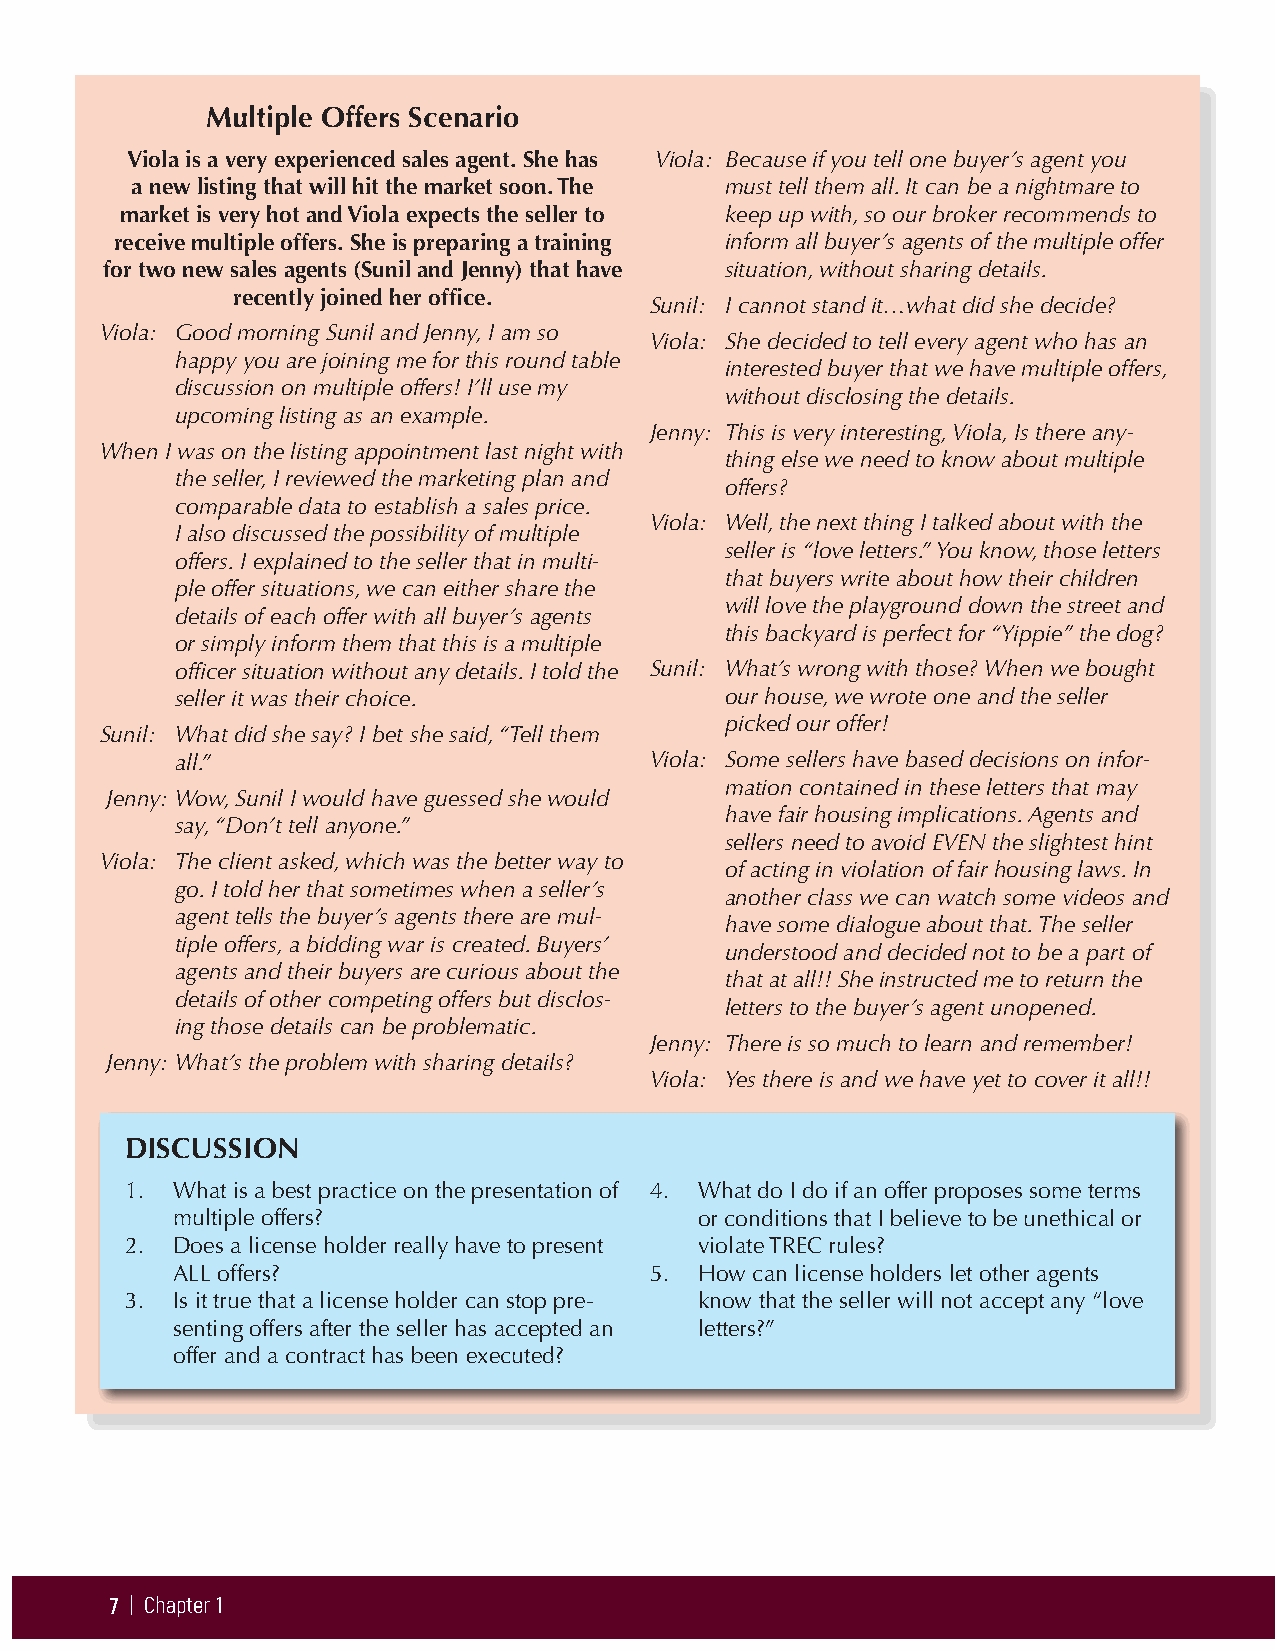
Multiple Offers Scenario
 Viola is a very experienced sales agent. She has Viola: Because if you tell one buyer’s agent you
 a new listing that will hit the market soon. The must tell them all. It can be a nightmare to
 market is very hot and Viola expects the seller to keep up with, so our broker recommends to
 receive multiple offers. She is preparing a training inform all buyer’s agents of the multiple offer
 for two new sales agents (Sunil and Jenny) that have situation, without sharing details.
 recently joined her office.
 Sunil: I cannot stand it…what did she decide?
 Viola: Good morning Sunil and Jenny, I am so
 Viola: She decided to tell every agent who has an
 happy you are joining me for this round table
 interested buyer that we have multiple offers,
 discussion on multiple offers! I’ll use my
 without disclosing the details.
 upcoming listing as an example.
 Jenny: This is very interesting, Viola, Is there any-
 When I was on the listing appointment last night with
 thing else we need to know about multiple
 the seller, I reviewed the marketing plan and
 offers?
 comparable data to establish a sales price.
 Viola: Well, the next thing I talked about with the
 I also discussed the possibility of multiple
 seller is “love letters.” You know, those letters
 offers. I explained to the seller that in multi-
 that buyers write about how their children
 ple offer situations, we can either share the
 will love the playground down the street and
 details of each offer with all buyer’s agents
 this backyard is perfect for “Yippie” the dog?
 or simply inform them that this is a multiple
 officer situation without any details. I told the Sunil: What’s wrong with those? When we bought
 seller it was their choice.         our house, we wrote one and the seller
 picked our offer!
 Sunil: What did she say? I bet she said, “Tell them
 all.”                          Viola: Some sellers have based decisions on infor-
 mation contained in these letters that may
 Jenny: Wow, Sunil I would have guessed she would
 have fair housing implications. Agents and
 say, “Don’t tell anyone.”
 sellers need to avoid EVEN the slightest hint
 Viola: The client asked, which was the better way to
 of acting in violation of fair housing laws. In
 go. I told her that sometimes when a seller’s
 another class we can watch some videos and
 agent tells the buyer’s agents there are mul-
 have some dialogue about that. The seller
 tiple offers, a bidding war is created. Buyers’
 understood and decided not to be a part of
 agents and their buyers are curious about the
 that at all!! She instructed me to return the
 details of other competing offers but disclos-
 letters to the buyer’s agent unopened.
 ing those details can be problematic.
 Jenny: There is so much to learn and remember!
 Jenny: What’s the problem with sharing details?
 Viola: Yes there is and we have yet to cover it all!!
 DISCUSSION
 1. What is a best practice on the presentation of 4. What do I do if an offer proposes some terms
 multiple offers?                   or conditions that I believe to be unethical or
 2. Does a license holder really have to present violate TREC rules?
 ALL offers?                     5. How can license holders let other agents
 3. Is it true that a license holder can stop pre- know that the seller will not accept any “love
 senting offers after the seller has accepted an letters?”
 offer and a contract has been executed?
 7 | Chapter 1